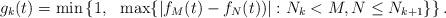
LaTeX: \begin{align*}g_k(t) = \min\left\{1,\ \ \max \{|f_M(t) - f_N(t))| : N_k < M,N \leq N_{k+1}\}\right\}.\end{align*}